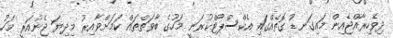
ދިވެހިރާއްޖެއިން މައިގަނޑު ގޮތެއްގައި އެކްސްޕޯޓްކުރަނީ މަހުގެ ބާވަތްތައް ކަމަށްވާއިރު މިދިޔަ ޖެނުއަރީ މަހު